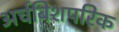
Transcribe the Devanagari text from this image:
अर्चबिशपरिक